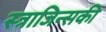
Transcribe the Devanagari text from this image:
स्त्राजिन्सकी